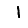
Digit: 1